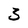
Character: 3